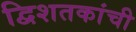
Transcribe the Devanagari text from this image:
द्विशतकांची